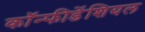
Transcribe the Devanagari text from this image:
कॉन्फीडेंशियल